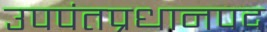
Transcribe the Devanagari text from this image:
उपपंतप्रधानपद